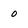
Character: 0